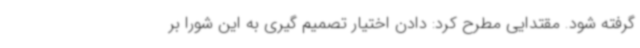
گرفته شود. مقتدایی مطرح کرد: دادن اختیار تصمیم گیری به این شورا بر